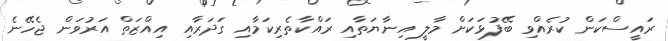
ރައީސްކަން ކުރެއްވި ބޭފުޅަކަށް މާލީ އިނާޔަތާއި ރައްކާތެރިކަމާއި ގަދަރާއި އިއްޒަތް އަރުވަން ޖެހޭނެ